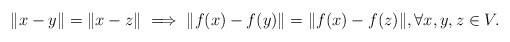
\begin{align*}\|x - y\| = \|x - z\| \implies \|f(x) - f(y)\| = \|f(x) - f(z)\|, \forall x,y,z \in V.\end{align*}